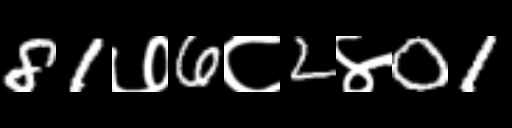
Text: 81७6८2४01